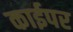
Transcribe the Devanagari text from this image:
काईपर